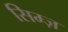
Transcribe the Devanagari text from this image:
सिम्ज़